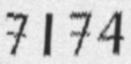
7174